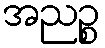
အညဉ္စ